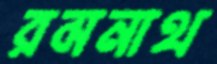
রমনাথ